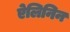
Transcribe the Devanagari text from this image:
ऐलिनिन